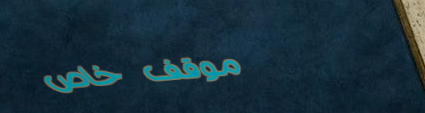
موقف خاص